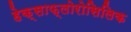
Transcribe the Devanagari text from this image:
हेक्साफ्लोरोसिलिक